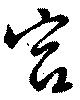
宮